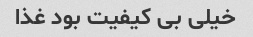
خیلی بی کیفیت بود غذا